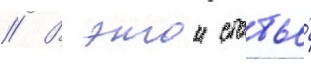
// В этои статье́